Report of the Indian Hemp Drugs Commission, 1894-1895 - Volume III
Year: 1894
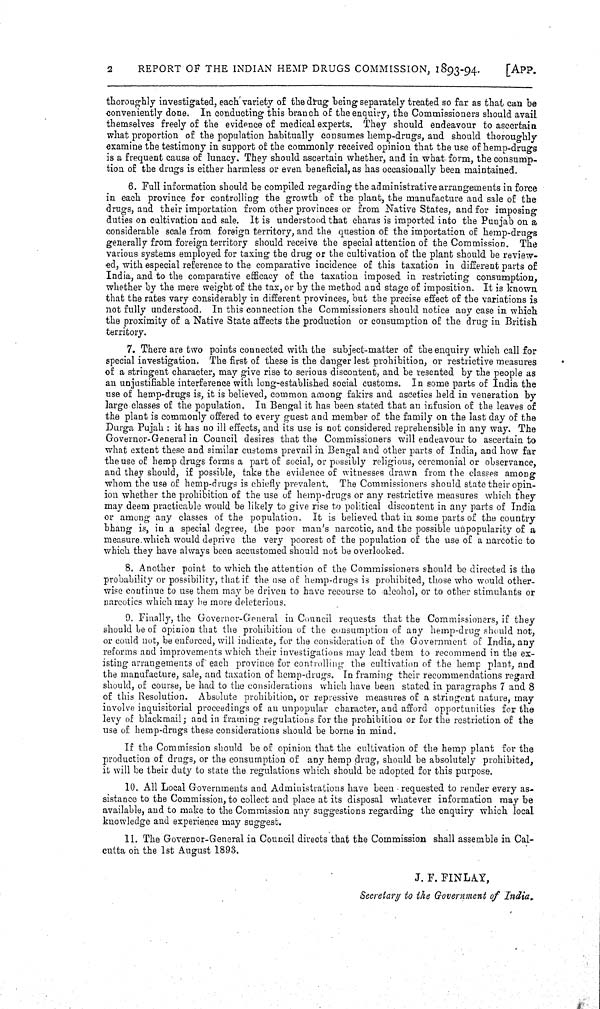
2
REPORT OF THE INDIAN HEMP DRUGS COMMISSION, 1893-94.
[APP.
thoroughly investigated, each variety of the drug being separately treated so far as that can be
conveniently done. In conducting this branch of the enquiry, the Commissioners should avail
themselves freely of the evidence of medical experts. They should endeavour to ascertain
what proportion of the population habitually consumes hemp-drugs, and should thoroughly
examine the testimony in support of the commonly received opinion that the use of hemp-drugs
is a frequent cause of lunacy. They should ascertain whether, and in what form, the consump-
tion of the drugs is either harmless or even beneficial, as has occasionally been maintained.
6. Full information should be compiled regarding the administrative arrangements in force
in each province for controlling the growth of the plant, the manufacture and sale of the
drugs, and their importation from other provinces or from Native States, and for imposing
duties on cultivation and sale. It is understood that charas is imported into the Punjab on a
considerable scale from foreign territory, and the question of the importation of hemp-drugs
generally from foreign territory should receive the special attention of the Commission. The
various systems employed for taxing the drug or the cultivation of the plant should be review-
ed, with especial reference to the comparative incidence of this taxation in different parts of
India, and to the comparative efficacy of the taxation imposed in restricting consumption,
whether by the mere weight of the tax, or by the method and stage of imposition. It is known
that the rates vary considerably in different provinces, but the precise effect of the variations is
not fully understood. In this connection the Commissioners should notice any case in which
the proximity of a Native State affects the production or consumption of the drug in British
territory.
7. There are two points connected with the subject-matter of the enquiry which call for
special investigation. The first of these is the danger lest prohibition, or restrictive measures
of a stringent character, may give rise to serious discontent, and be resented by the people as
an unjustifiable interference with long-established social customs. In some parts of India the
use of hemp-drugs is, it is believed, common among fakirs and ascetics held in veneration by
large classes of the population. In Bengal it has been stated that an infusion of the leaves of
the plant is commonly offered to every guest and member of the family on the last day of the
Durga Pujah: it has no ill effects, and its use is not considered reprehensible in any way. The
Governor-General in Council desires that the Commissioners will endeavour to ascertain to
what extent these and similar customs prevail in Bengal and other parts of India, and how far
the use of hemp drugs forms a part of social, or possibly religious, ceremonial or observance,
and they should, if possible, take the evidence of witnesses drawn from the classes among
whom the use of hemp-drugs is chiefly prevalent. The Commissioners should state their opin-
ion whether the prohibition of the use of hemp-drugs or any restrictive measures which they
may deem practicable would be likely to give rise to political discontent in any parts of India
or among any classes of the population. It is believed that in some parts of the country
bhang is, in a special degree, the poor man's narcotic, and the possible unpopularity of a
measure which would deprive the very poorest of the population of the use of a narcotic to
which they have always been accustomed should not be overlooked.
8. Another point to which the attention of the Commissioners should be directed is the
probability or possibility, that if the use of hemp-drugs is prohibited, those who would other-
wise continue to use them may be driven to have recourse to alcohol, or to other stimulants or
narcotics which may be more deleterious.
9. Finally, the Governor-General in Council requests that the Commissioners, if they
should be of opinion that the prohibition of the consumption of any hemp-drug should not,
or could not, be enforced, will indicate, for the consideration of the Government of India, any
reforms and improvements which their investigations may lead them to recommend in the ex-
isting arrangements of each province for controlling the cultivation of the hemp plant, and
the manufacture, sale, and taxation of hemp-drugs. In framing their recommendations regard
should, of course, be had to the considerations which have been stated in paragraphs 7 and 8
of this Resolution. Absolute prohibition, or repressive measures of a stringent nature, may
involve inquisitorial proceedings of an unpopular character, and afford opportunities for the
levy of blackmail; and in framing regulations for the prohibition or for the restriction of the
use of hemp-drugs these considerations should be borne in mind.
If the Commission should be of opinion that the cultivation of the hemp plant for the
production of drugs, or the consumption of any hemp drug, should be absolutely prohibited,
it will be their duty to state the regulations which should be adopted for this purpose.
10. All Local Governments and Administrations have been requested to render every as-
sistance to the Commission, to collect and place at its disposal whatever information may be
available, and to make to the Commission any suggestions regarding the enquiry which local
knowledge and experience may suggest.
11. The Governor-General in Council directs that the Commission shall assemble in Cal-
cutta on the 1st August 1893.
J. F. FINLAY,
Secretary to the Government of India.